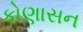
કોણાસન